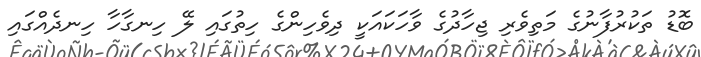
ބޮޑު ތަކުރުފާނުގެ މަތިވެރި ޖިހާދުގެ ވާހަކައަކީ ދިވެހިންގެ ހިތުގައި ލޭ ހިނގާހާ ހިނދެއްގައި